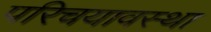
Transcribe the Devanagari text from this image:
परिचयावस्था